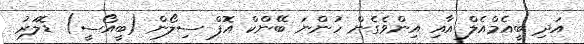
އަދި ބީއެމްއެލް އާއި އިންވެގެން ހުންނަ ބޭންކް އޮފް ސިލޯން (ބީއޯސީ) ޑޮލަރު